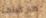
ماركيتي